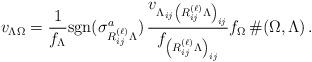
LaTeX: \begin{align*}v_{\Lambda \Omega}= \frac{1}{f_{\Lambda}} {\rm{sgn}}(\sigma_{R_{ij}^{(\ell)}\Lambda}^a) \, \frac{v_{\Lambda_{ij} \left(R_{ij}^{(\ell)}\Lambda \right)_{ij}}} {f_{\left(R_{ij}^{(\ell)} \Lambda\right)_{ij}}} f_{\Omega} \, \#(\Omega,\Lambda) \, .\end{align*}